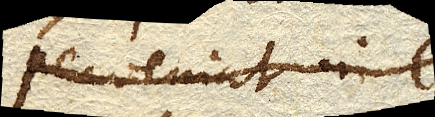
perveniat in c